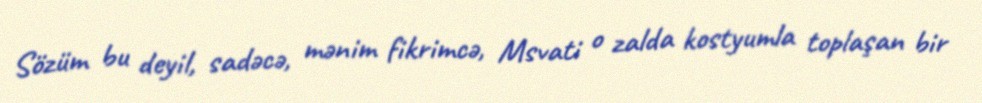
Sözüm bu deyil, sadəcə, mənim fikrimcə, Msvati o zalda kostyumla toplaşan bir